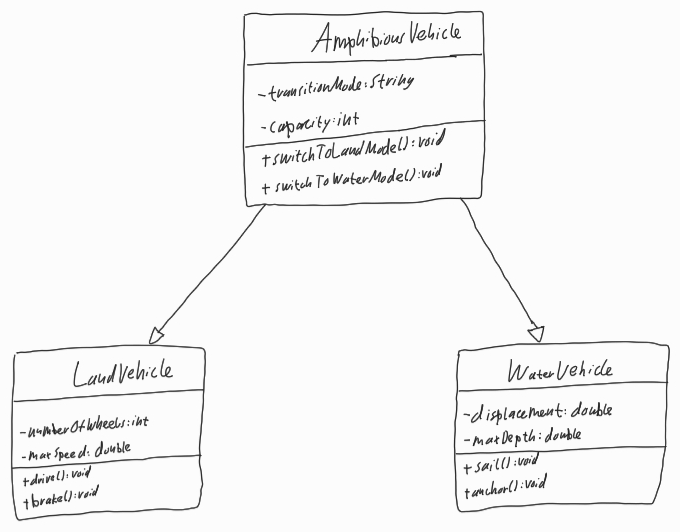
Diagram type: class_diagram
```plantuml
@startuml

class AmphibiousVehicle {
  - transitionMode: String
  - capacity: int
  + switchToLandMode(): void
  + switchToWaterMode(): void
}

class LandVehicle {
  - numberOfWheels: int
  - maxSpeed: double
  + drive(): void
  + brake(): void
}

class WaterVehicle {
  - displacement: double
  - maxDepth: double
  + sail(): void
  + anchor(): void
}

AmphibiousVehicle --|> LandVehicle

AmphibiousVehicle --|> WaterVehicle

@enduml
```